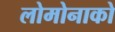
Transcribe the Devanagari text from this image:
लोमोनाको